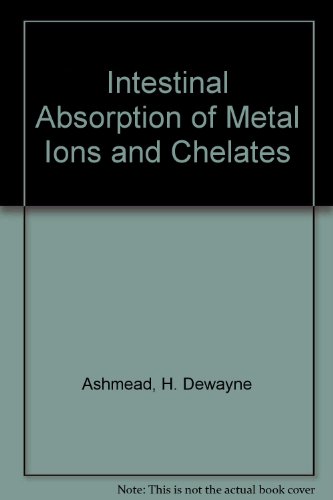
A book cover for Intestinal Absorption of Metal Ions and Chelates; H. Dewayne Ashmead; Health, Fitness & Dieting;